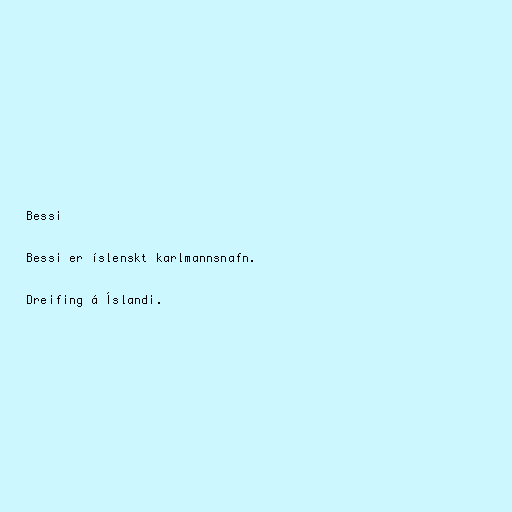
Bessi

Bessi er íslenskt karlmannsnafn.

Dreifing á Íslandi.